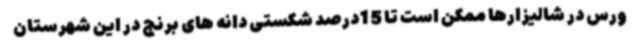
ورس در شالیزارها ممکن است تا 15درصد شکستی دانه های برنج در این شهرستان